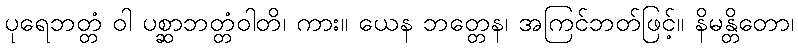
ပုရေဘတ္တံ ဝါ ပစ္ဆာဘတ္တံဝါတိ၊ ကား။ ယေန ဘတ္တေန၊ အကြင်ဘတ်ဖြင့်။ နိမန္တိတော၊